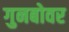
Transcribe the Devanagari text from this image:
गुनबोवर